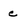
Character: e